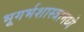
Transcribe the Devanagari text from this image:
भूगर्भशास्त्रामध्ये